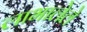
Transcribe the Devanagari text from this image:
लाभालेले